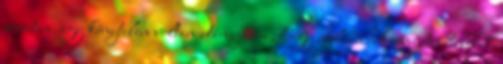
szeretem, így kénytelen voltam utánajárni, hogy milyen cukormentes ételeket,